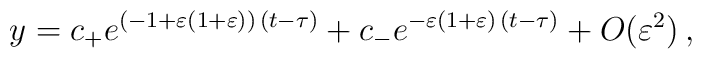
y=  c_{+} e^{ ( - 1 + \varepsilon (1 + \varepsilon)) \, ( t - \tau ) }  + c_{-} e^{-\varepsilon(1+\varepsilon)\, (t-\tau)} + O(\varepsilon^2) \,,